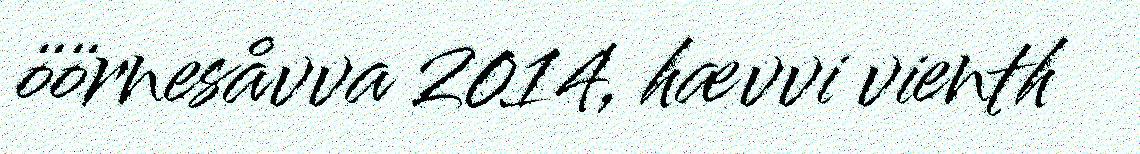
öörnesåvva 2014, hævvi vienth